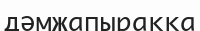
дәмжапыраққа